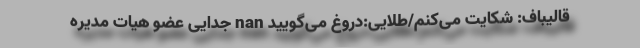
قالیباف: شکایت می‌کنم/طلایی:دروغ می‌گویید nan جدایی عضو هیات مدیره